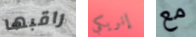
راقبها إنريكي مع